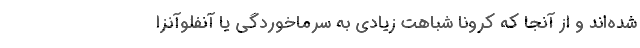
شده‌اند و از آنجا که کرونا شباهت زیادی به سرماخوردگی یا آنفلوآنزا